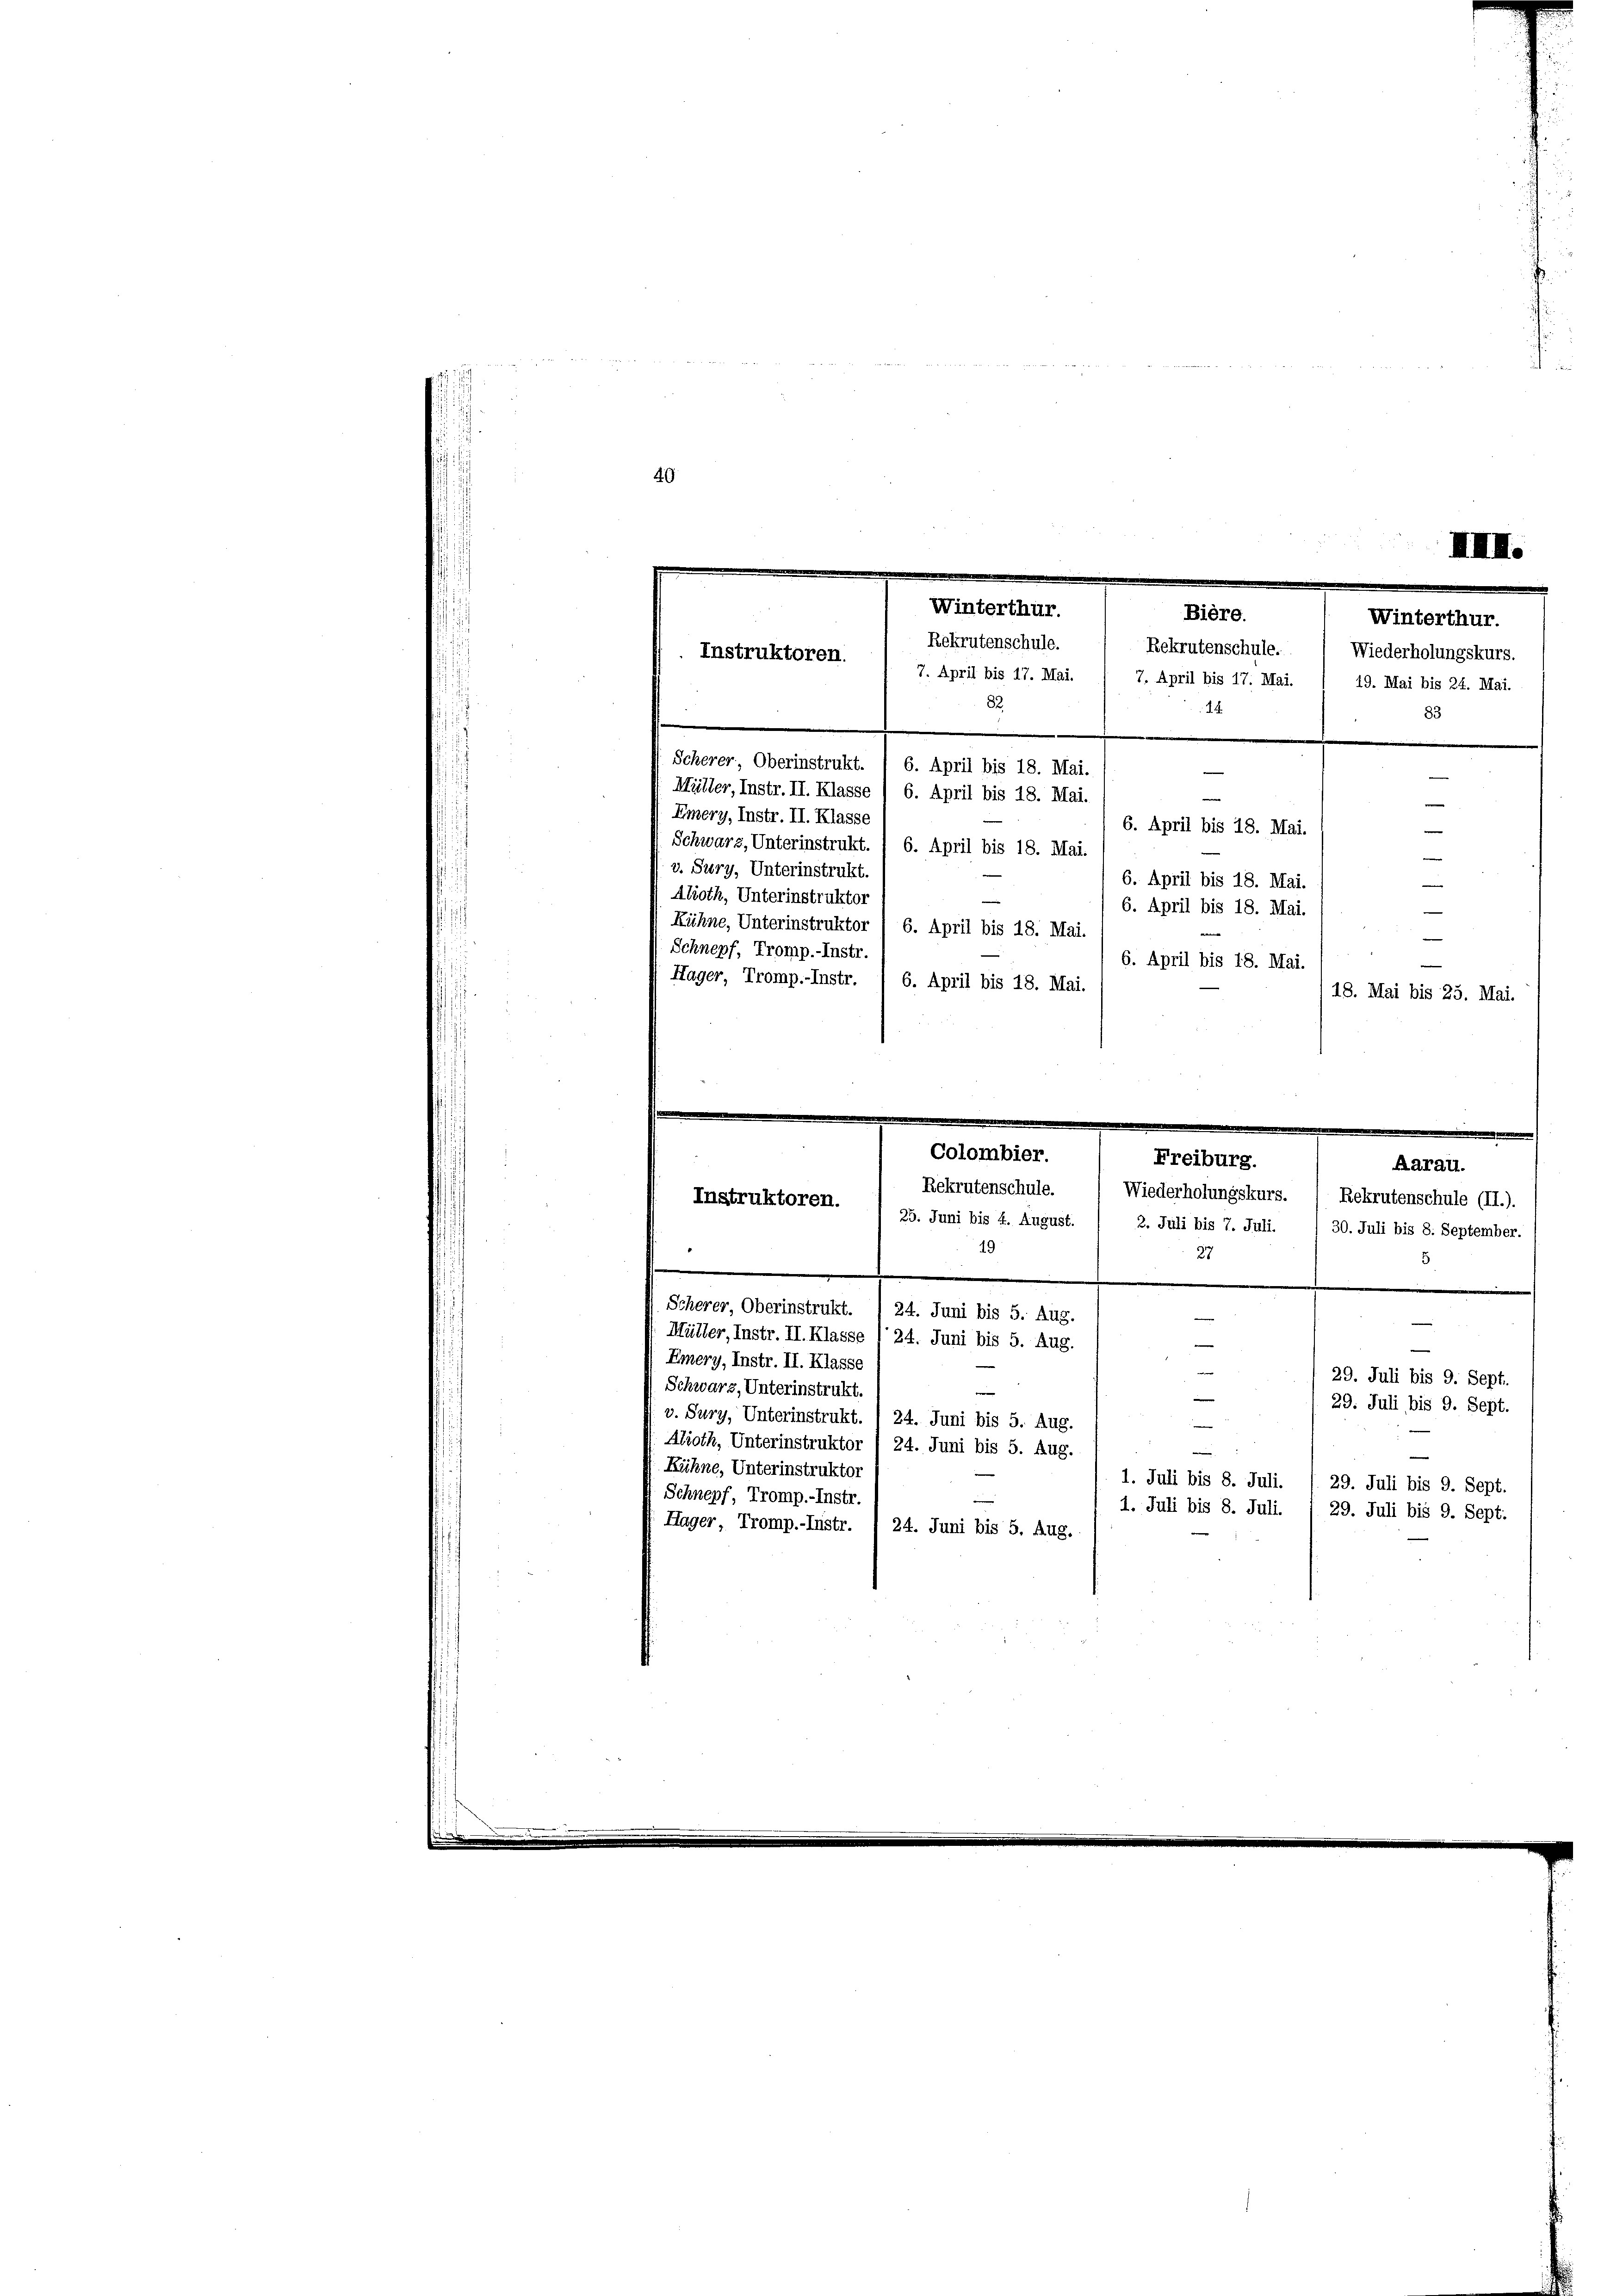
49
XIII.

Emery, Instr. II. Klasse
Schwarz, Unterinstrukt. 1 6. April bis 18. Mai.
v. Sury, Unterinstrukt.
Aboth, Unterinstruktor
Kühne, Unterinstruktor / 6. April bis 18. Mai.
Schnepf, Tromp.-Instr.
Hager, Tromp.-Instr. / 6. April bis 18. Mai.
Colombier.
Freiburg.
Aarau.
Rekrutenschule.
Wiederholungskurs. 1 Rekrutenschule (II.).
Instruktoren.
25. Juni bis 4. August.
2. Juli bis 7. Juli. / 30. Juli bis 8. September.
19
27
5
Scherer, Oberinstrukt. ) 24. Juni bis 5. Aug.
Müller, Instr. II. Klasse l 24. Juni bis 5. Aug.
e
Emery, Instr. II. Klasse
e
29. Juli bis 9. Sept.
Schwarz, Unterinstrukt
—
29. Juli bis 9. Sept.
v. Sury, Unterinstrukt. 1 24. Juni bis 5. Aug.
—
Alioth, Unterinstruktor (24. Juni bis 5. Aug.
e
Kühne, Unterinstruktor
1. Juli bis 8. Juli. / 29. Juli bis 9. Sept.
Schnepf, Tromp.-Instr
1. Juli bis 8. Juli. / 29. Juli bis 9. Sept.
Hager, Tromp.-Instr. 1 24. Juni bis 5. Aug.

Winterthur.
Bière.
Winterthur.
Rekrutenschule.
Rekrutenschule.
Wiederholungskurs.
Instruktoren.
7. April bis 17. Mai. / 7. April bis 17. Mai. / 19. Mai bis 24. Mai.
82
14.
83
Scherer Oberinstrukt. / 6. April bis 18. Mai.
e
Müller, Instr. II. Klasse ) 6. April bis 18. Mai.

n
e
6. April bis 18. Mai.
6. April bis 18. Mai.
6. April bis 18. Mai.
6. April bis 18. Mai.
18. Mai bis 25. Mai.